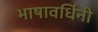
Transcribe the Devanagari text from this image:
भाषावर्धिनी